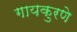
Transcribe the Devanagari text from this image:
गायकुरणे